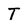
Character: T